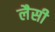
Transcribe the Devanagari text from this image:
लैसी